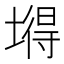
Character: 𡐙